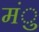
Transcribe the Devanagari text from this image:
मंु